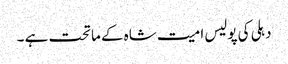
دہلی کی پولیس امیت شاہ کے ماتحت ہے ۔